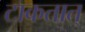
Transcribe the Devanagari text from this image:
टाकतात्